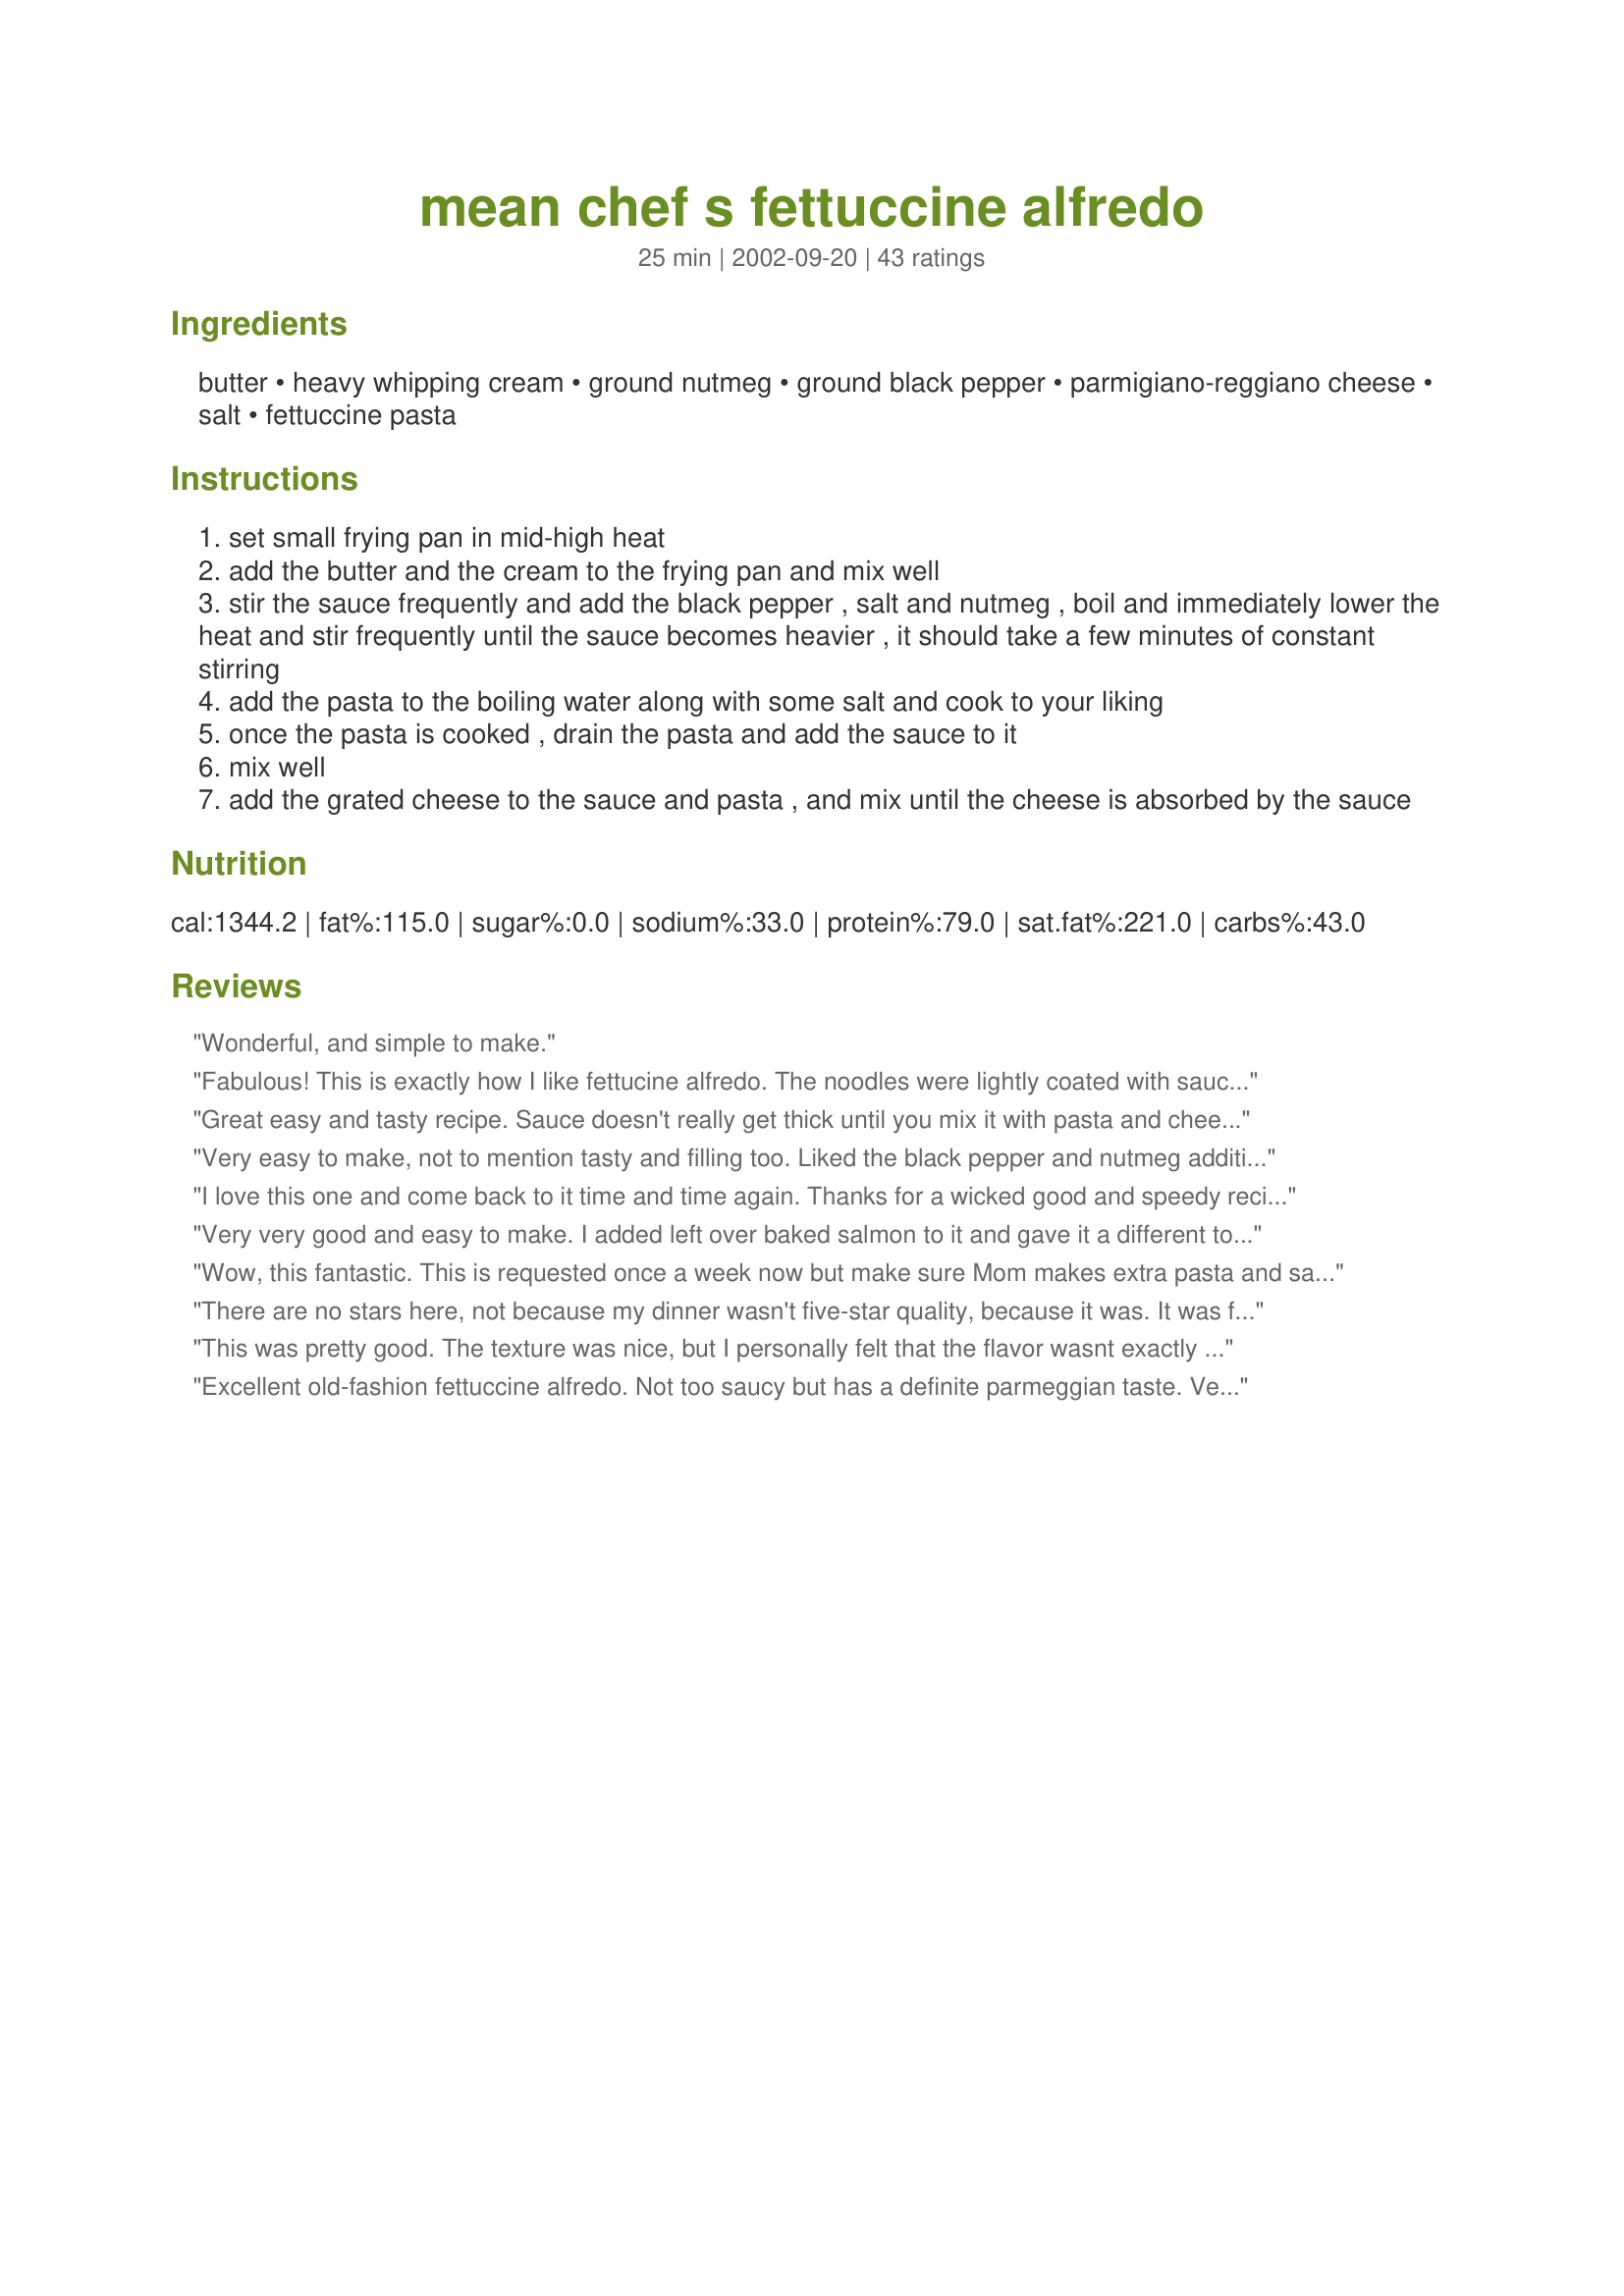
mean chef s fettuccine alfredo
Preparation time: 25 minutes

Ingredients:
butter, heavy whipping cream, ground nutmeg, ground black pepper, parmigiano-reggiano cheese, salt, fettuccine pasta

Steps:
set small frying pan in mid-high heat
add the butter and the cream to the frying pan and mix well
stir the sauce frequently and add the black pepper , salt and nutmeg , boil and immediately lower the heat and stir frequently until the sauce becomes heavier , it should take a few minutes of constant stirring
add the pasta to the boiling water along with some salt and cook to your liking
once the pasta is cooked , drain the pasta and add the sauce to it
mix well
add the grated cheese to the sauce and pasta , and mix until the cheese is absorbed by the sauce

Reviews:
Wonderful, and simple to make.
Fabulous! This is exactly how I like fettucine alfredo. The noodles were lightly coated with sauce instead of swimming in it the way the dish is often served in restaurants. Thanks Mean, for an amazing recipe.
Great easy and tasty recipe. Sauce doesn't really get thick until you mix it with pasta and cheese. Perfect after it mixes up. Tastes great!!!
Very easy to make, not to mention tasty and filling too. Liked the black pepper and nutmeg additions.
This was enough for 3 servings, served with a specialty garlic bread and a mixed green salad.

I love this one and come back to it time and time again. Thanks for a wicked good and speedy recipe--in fact the only online recipe I've ever used "as is"!

It does make a lot, so if you are just cooking for one be sure to downsize, as Alfredo doesn't reheat well.
Very very good and easy to make. I added left over baked salmon to it and gave it a different touch. I will definately make this again.
Wow, this fantastic. This is requested once a week now but make sure Mom makes extra pasta and sauce for leftovers. I haven't always had the full amount of heavy cream so have gone with either 1/2 & 1/2 and heavy cream or whipping cream. One time didn't have the correct cheese so went with the Kraft parmesan which was okay but we all agreed not to do that again. Bought a better quality parmigiano-reggiano cheese this last time and it was pure heaven to enjoy. So gave this 5 stars knowing that with the heavy cream it's gotta be more stars! Thanks for sharing a wonderful recipe!
There are no stars here, not because my dinner wasn't five-star quality, because it was. It was fabulous. It's just that I made some significant changes to the recipe. In my largest skillet, I melted the butter first--and sauteed two minced garlic cloves in it--before I added the cream. I only had 1/2 cup heavy cream (I thought I had more), so I had to use half-and-half as well. I increased the parmigiano-reggiano to a full cup, plus added about 3/4 lb cooked king crab legs (shelled) to the sauce just before I tossed it with the drained pasta (I tossed everything in the skillet in which the sauce had cooked). Speaking of pasta, I used 300 grams of spaghettini, rather than the full pound of fettucine. The sauce was heavenly, thick but still ethereal -- every strand of pasta was coated and there was no little puddle at the bottom of the serving bowl like you typically expect with thin sauces. My dinner served 3 perfectly. Thanks for posting!
This was pretty good. The texture was nice, but I personally felt that the flavor wasnt exactly what I'd expected based on all of the reviews. The taste was very nice, but there just wasnt as much flavor as I was hoping for. I also found that there could have been a touch more sauce compared to the amount of pasta. Overall this is a good recipe, and I would make it again.
Excellent old-fashion fettuccine alfredo. Not too saucy but has a definite parmeggian taste. Very quick, easy and delicious. Thank you.
this is soooo yummy! I added some fresh garlic to the butter! Be sure to use fresh grated nutmeg and real parmigiano-reggiano cheese for the ultimate alfredo experience!!! THANKS MEAN CHEF FOR THE ULTIMATE ALFREDO RECIPE!!! Also really good if you add cooked chicken and fresh baby spinach. (add to sauce at the last minute or so)
excelent recipe, will be our favorite from now on. from Brewhead
Absolutey delicious. One MUST use good quality Parmesan, or as one reviewer suggested Parmesan Reggiano. I DOUBLED this EXCEPT I kept the pasta to 1.5 LBS instead of 2. PERFECT!
This was just perfect!!! Thanks to Mean Chef for posting! Flavor and consistency were exactly what I would expect from a true alfredo sauce and sooooo simple to make! BF was a way happy camper! Make this one exactly as the recipe states and you'll have a great meal!
This sauce is delicious! I doubled it and made a pound of pasta. I also added about 2 cloves of minced garlic to the butter as it was melting. This was so fast and easy...it's going to be a regular in our house!
sorry, i must have done something wrong. I made this using parmesan cheese and bulla's thickened cream. Perhaps i used the wrong ingredients cos we found the pasta too rich and tasteless. Had to add much more salt to the pasta for taste.
We loved this Alfredo sauce. It was only the second time I've ever attempted making an Alfredo sauce,(probably because the first one years ago wasn't such a great recipe) I had only 9 oz.of fresh fettucini so it was very creamy,and I added a little extra fresh nutmeg since my husband loves it so much. This will be my Alfredo sauce from now on.Thanks!
Very simple to make. I served this with the Shrimp Scampi (57958)
I just love Fettuccine Alfredo and this recipe tastes better than some I have had at restaurants! I followed the recipe exactly and it worked great for me! My family thanks you for the great recipe, we ate well tonight! ( I made this with recipe#53034 Southwestern Grilled Chicken with Lime Butter )
ABSOLUTELY THE BEST !!!! i learned how to cook after my wife left and have been searching for a good alfredo sauce and this is it. DO it exactly and they will beg for seconds. Salu
(i used half romano and half parmesan)
This was easy to make and tasted great. I liked that the sauce only coated the fettuccine. Next time I will use less nutmeg (I think my pinches were a bit too generous). But overall an outstanding recipe!
A well written recipe that's easy to follow. It uses ingredients that I usually have on hand. This is simple to prepare and creates a truly wonderfully delicious and decadent sauce. Excellent recipe Mean Chef...hats off to you!
This is the most simple, basic Fettucine Alfredo recipe one can find. It has a great taste and it is extremely easy to make. Add rosemary for a more fragrant meal.
Good stuff. This is the REAL fettuccine alfredo. I searched a lot of different alfredo recipes here on recipezaar, a lot of which are not authentic because they contain cream cheese or mozzarella. This is the one that caught my fancy as it is the real thing. I'm glad I chose this, it was great. Simple, tasty and quick to make. no improvements needed, this is wonderful.
Love this easy recipe. Will often use 1/2 reduced fat sour cream and 1/2 fat free yogurt in place of whipping cream as well as smart Balance margarine instead of butter. This reduces the calories, improves the nutrition while having little impact on overall flavor, as I still use good quality cheese. I will often add a few veggies depending on what is available. Becomes a great pasta primavera.
Thanks for posting. Sorry to take so long to review
Judy in WA
We really liked this one. Might go for a bit lower of a pasta/sauce ratio, though. It wasn't as coated as we would have liked...
Left out the nutmeg but followed the recipe otherwise. Great sauce with the noodles! This has fast become a staple in my house it seems!
I agree with most reviewers that this could have used a little more sauce. I only used 8 oz. of pasta, and I thought the sauce was a little thin. Overall it was very good and easy. I think next time I will add a little more cream and some salt. Thanks for the recipe!
Let me just say, that I have never attempted homemade alfredo sauce and I am not even sure that I did it correctly. It tasted VERY good, but I'm not sure I had the consistency right. I added chicken to mine and perhaps that is why I didn't have enough sauce -- also I used a 12 oz pkg of fettuccine pasta -- not a 1 lb pkg and there was WAY more than my husband and I could eat, probably 4-5 servings. Will definately be making this one again!!!! Thank you!!
I apologize, I made this recipe several weeks ago and forgot to review it!
Excellent Alfredo, perfect texture, perfect amount of parmesan. I served this with a spicy grilled chicken and we sure weren't disappointed.
Simplicity and elegance. 
I did not add the nutmeg, I absolutely detest the stuff. 
Thanks for sharing an incredibly easy and outstanding recipe.
I am 18 and do not have much cooking experience but volunteered to cook for my boyfriend's mother father and brother who is very picky! It was a very big hit with family. (ages 14-50!!!) I added chicken though-meat eaters! I also found the recipe needed more whipping cream and less nutmeg. I added about 3 pinches of garlic salt and it tasted perfect. Mean Chef-great recipe. thanks. Also, I served this with breadsticks (the chicken) and a mixed salad. Afterwards we ate a cherry cheesecake. We had leftover fetucinni for the next day which my boyfriend's mom made into a casserole and we ate that for supper the next night. this was so good they want me to cook it again-points for me!
This was a very yummy alfredo! I wasn't sure what parmigiano-reggiano cheese was, so I used that Kraft 3 cheese parmisan cheese. Excellent flavor and super easy to make! Thanks a million for posting this recipe. It's a keeper.
I made this to serve w/garlic and herb fettuccine and the flavor was excellent. This is one hundred times better and fresher than the alfredo sauce that comes from a jar. Thanks!
Great recipe and easy too. I poured this over store bought sausage-filled tortellini and served it with garlic bread--it was great, easy to prepare meal. Thanks for posting.
Excellent recipe. I left out the nutmeg because my husband is allergic to it, and it was still terrific. I bet this would really be awesome with some mushrooms and chicken thrown in, or mushrooms and shrimp/scallops. Yum.
Perfect!
I followed the recipe to the T, but my sauce never got thick...it stayed at the same consistency as the cream before I cooked it. However, even though the sauce was very, very thin, the flavor was still very good. I have always had a difficult time getting any alfredo recipe to thicken, there has to be some sort of trick.
best alfredo....added sauted chicken in with the sauce and was a great meal!
Very tasty recipe which I revised some after is got to thick & I followed the recipe exactly.

I also used:
1/2 cup skim milk (with the heavy whipping cream) 
NOTE TO ONE VIEWER/RATER: 
1 PINT = .998 CUP (mine came to 1 full cup as I let this pint drain completely)
White pepper instead of black
1 Head of steamed broccoli (added cooked florets at last minute and tossed twice)
Instead of parm cheese (boring)....I used freshly grated Parm-Romano Cheese, this melted smoothly & was more taster. 
 
Note: 3/4 cups also = 6 ounces (I use a food weight scale for shredded cheese for exact consistency). (Too much air between shreds if using regular measuring cup) Unless you use just Parm. Cheese allow as his wonderful recipe calls for. 

Thought about adding garlic as some viewer indicate, but did not feel this pasta dish needed the kick. 

INSTEAD, FOR MY SECOND "SMALL" PLATE, (1/2 pound pasta left in pan) I ADDED 1/4 CUP OF HUNTS TOMATO SAUCE AND REHEATED...WOW, EXCELLENT! Since I have been trying a few pasta recipes these past 2 weeks, this one ranks number 1 in my recipe book. Thanks for the "Mean" Recipe, sorry for modifications, but we all have different taste!! :) Thanks again Jeff!
The taste was great but it was not creamy enough for us. Also this serves far more than 2 people. I have tasted better. I likely will look for a different recipe.
Mean Chef, I'm so sorry. I made this quite awhile ago and meant to review it (I've actually made it several times since!) This is a wonderful alfredo recipe--it is very simple to make, but it doesn't taste that way. It goes together very quickly, too. One time when I made this, I added cooked shrimp as I plated it and it was great that way, too. Thanks!
Sooo Delicious! I added Chicken to mine. The only sub I made was Spaghetti for fettuccini, and I added grilled sliced chicken. but All was still perfect. Thanks Mean
If you want to learn how to make a good basic alfredo sauce you can't really go past this recipe. I had never made one before and this recipe works quite well, has clear logical instructions, and is unashamedly not low fat and consisen with the original concept of an alfredo sauce.
